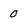
Character: 0